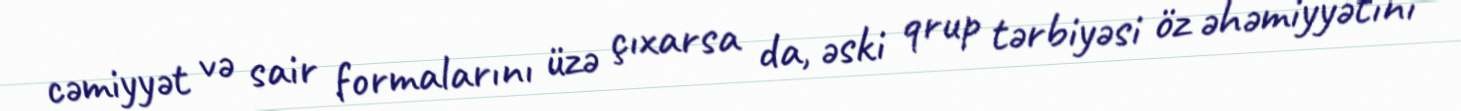
cəmiyyət və sair formalarını üzə çıxarsa da, əski qrup tərbiyəsi öz əhəmiyyətini